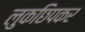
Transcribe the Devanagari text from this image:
लुकछिपकर